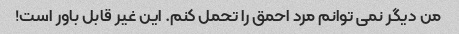
من دیگر نمی توانم مرد احمق را تحمل کنم. این غیر قابل باور است!